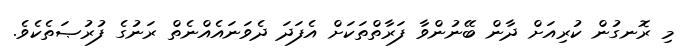
މި ރޮނގުން ކުރިއަށް ދާން ބޭނުންވާ ފަރާތްތަކަށް އެފަދަ ދެވަނައެއްނެތް ރަނުގެ ފުރުޞަތެކެވެ.